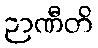
ဉာဏီတိ